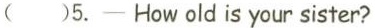
( )5.——How old is your sister?